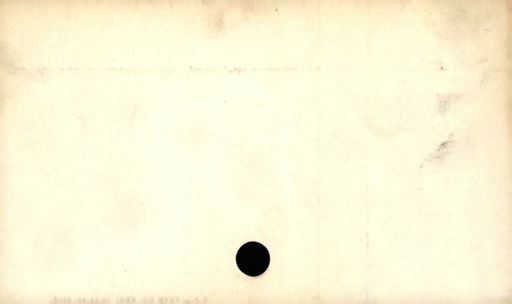
Label: blank